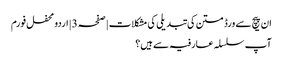
ان پیچ سے ورڈ متن کی تبدیلی کی مشکلات | صفحہ 3 | اردو محفل فورم
آپ سلسلہ عارفیہ سے ہیں؟